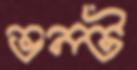
ভল্ট